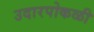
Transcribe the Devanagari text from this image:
उदारपोकळी